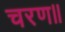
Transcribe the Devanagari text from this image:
चरण॥